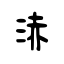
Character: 浾